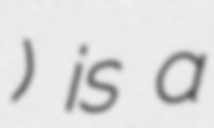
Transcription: الدولي) is a